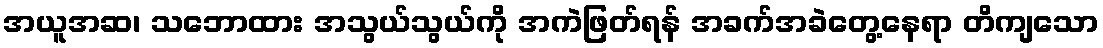
အယူအဆ၊ သဘောထား အသွယ်သွယ်ကို အကဲဖြတ်ရန် အခက်အခဲတွေ့နေရာ တိကျသော